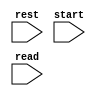
`timescale 1ns / 1ps
//////////////////////////////////////////////////////////////////////////////////
// Company: 
// Engineer: 
// 
// Design Name:    chenyu
// Module Name:    DigitalClock 
// Project Name:   
// Target Devices: 
// Tool versions: 
// Description: 
//
// Dependencies: 
//
// Revision: 
// Revision 0.01 - File Created
// Additional Comments: 
//
//////////////////////////////////////////////////////////////////////////////////
module DigitalClock(
    input rest,
    input start,
    input read
    );


endmodule